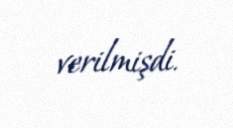
verilmişdi.